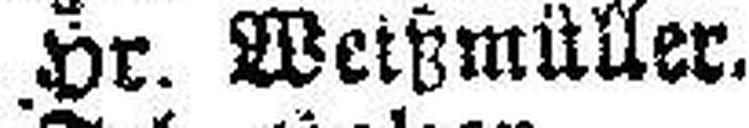
Hr. Wetßmüller.